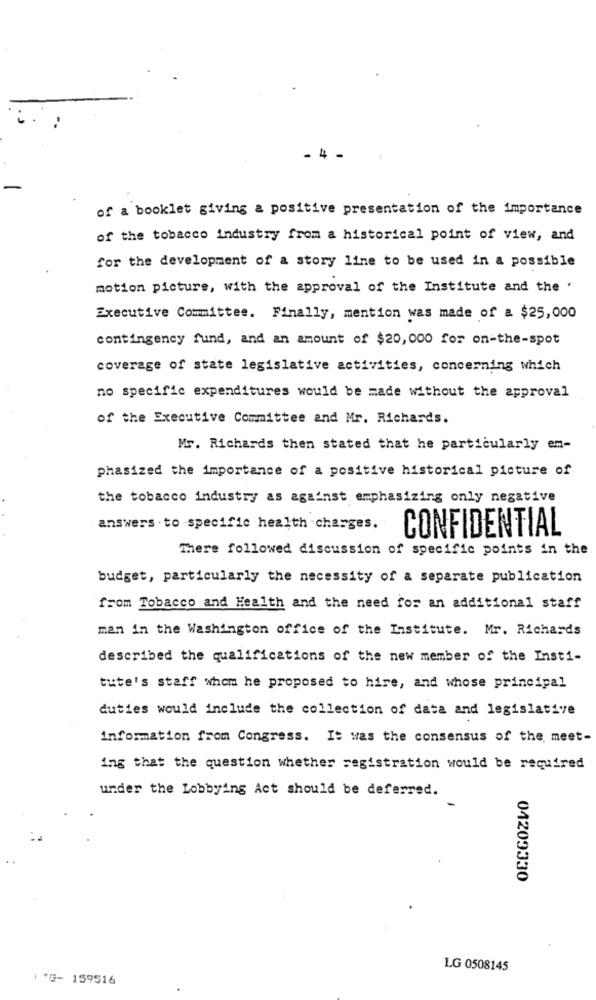
- 4 -
of a booklet giving a positive presentation of the importance
of the tobacco industry from a historical point of view, and
for the development of a story line to be used in a possible
motion picture, with the approval of the Institute and the '
Executive Committee. Finally, mention was made of a $25,000
contingency fund, and an amount of $20,000 for on-the-spot
coverage of state legislative activities, concerning which
no specific expenditures would be made without the approval
of the Executive Committee and Mr. Richards.
Mr. Richards then stated that he particularly em-
phasized the importance of a positive historical picture of
the tobacco industry as against emphasizing only negative
answers . to -specific health -charges.
CONFIDENTIAL
There followed discussion of specific points in the
budget, particularly the necessity of a separate publication
from Tobacco and Health and the need for an additional staff
man in the Washington office of the Institute. Mr. Richards
described the qualifications of the new member of the Insti-
tute's staff whom he proposed to hire, and whose principal
duties would include the collection of data and legislative
information from Congress. It was the consensus of the meet-
ing that the question whether registration would be required
under the Lobbying Act should be deferred.
04209330
LG 0508145
I TG- 159516